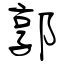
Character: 郭